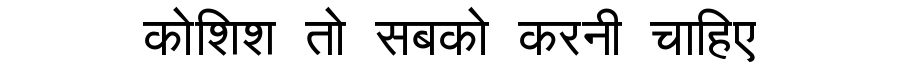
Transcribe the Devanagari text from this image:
कोशिश तो सबको करनी चाहिए